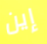
إين